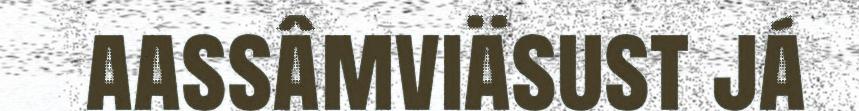
aassâmviäsust já